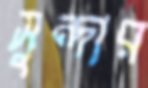
সুন্দার